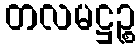
တလမဋ္ဌဉ္စ